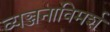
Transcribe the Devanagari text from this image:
व्यञ्जनाविमर्श